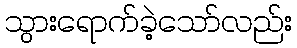
သွားရောက်ခဲ့သော်လည်း